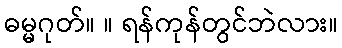
ဓမ္မဂုတ်။ ။ ရန်ကုန်တွင်ဘဲလား။